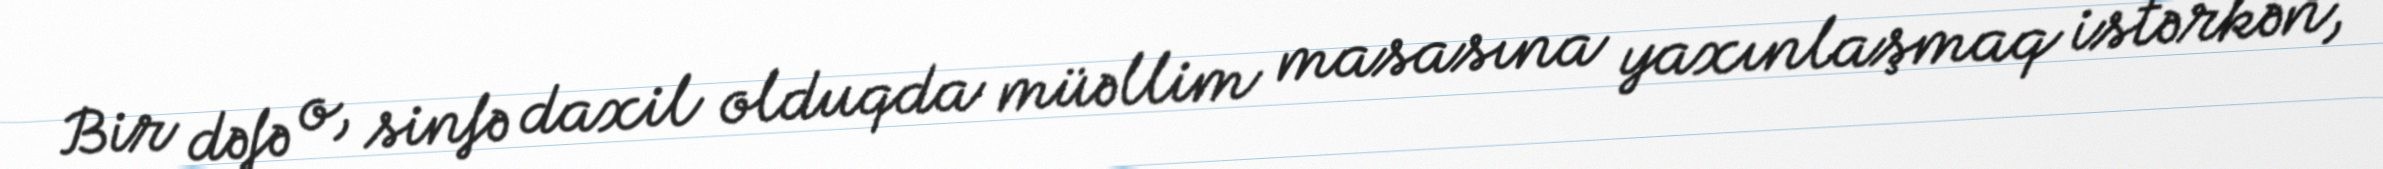
Bir dəfə o, sinfə daxil olduqda müəllim masasına yaxınlaşmaq istərkən,